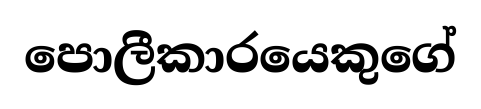
පොලීකාරයෙකුගේ